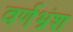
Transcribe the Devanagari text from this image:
वर्णभ्रंश